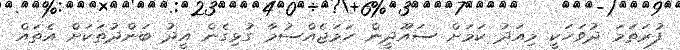
ފުރަތަމަ ދުވަހަކީ މިއަދު ކަމަށް ސައޫދީން ހަމަޖެއްސުމާ ގުޅިގެން އީދު ބަންދުތަކަށް އެތައް